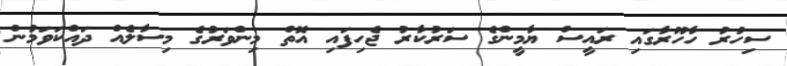
ސިހުރު ހާހޫރާގައި ރައީސް ޔާމީންގެ ސަރުކާރު ޖެހިފައި އޮތް މިންވަރުގެ މިސާލެއް ދައްކަވަމުން